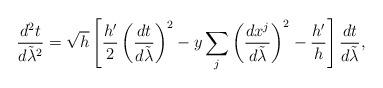
LaTeX: \begin{align*}{{d^2t}\over{d\tilde{\lambda}^2}}=\sqrt{h}\left[{h^{\prime}\over 2}\left({{dt}\over{d\tilde{\lambda}}}\right)^2-y\sum_j\left({{dx^j}\over{d\tilde{\lambda}}}\right)^2-{h^{\prime}\over{h}}\right]{{dt}\over{d\tilde{\lambda}}},\end{align*}